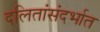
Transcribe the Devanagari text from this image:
दलितांसंदर्भात